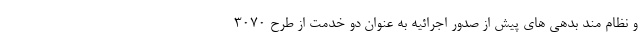
و نظام مند بدهی های پیش از صدور اجرائیه به عنوان دو خدمت از طرح ۳۰۷۰